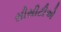
સીસીટીએ